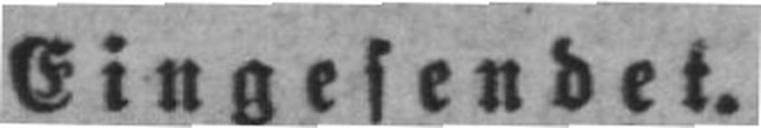
Eingesendet.